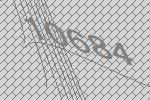
10684